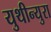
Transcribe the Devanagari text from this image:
युथीन्युरा